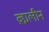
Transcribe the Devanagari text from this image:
व्रह्मलीन